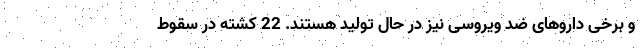
و برخی داروهای ضد ویروسی نیز در حال تولید هستند. 22 کشته در سقوط